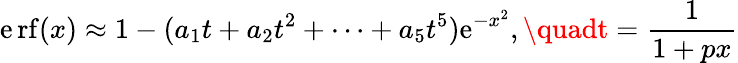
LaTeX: \operatorname{\mathrm{e}rf}(x)\approx1-(a_{1}t+a_{2}t^{2}+\cdots+a_{5}t^{5})\mathrm{e}^{-x^{2}},\quadt={\frac{{1}}{{1+px}}}